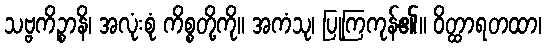
သဗ္ဗကိဉ္စာနိ၊ အလုံးစုံ ကိစ္စတို့ကို။ အကံသု၊ ပြုကြကုန်၏။ ဝိတ္ထာရတထာ၊